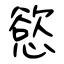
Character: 慾